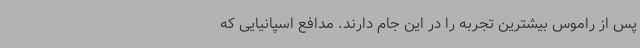
پس از راموس بیشترین تجربه را در این جام دارند. مدافع اسپانیایی که